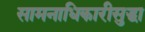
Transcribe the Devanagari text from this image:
सामनाधिकारीसुद्धा